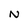
Character: N